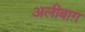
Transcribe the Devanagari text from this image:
अलीबाग़